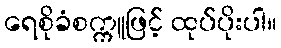
ရေစိုခံစက္ကူဖြင့် ထုပ်ပိုးပါ။